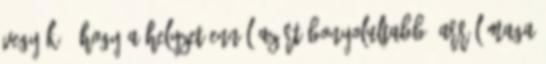
vegyék”. Hogy a helyzet ennél azért bonyolultabb, arról maga